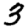
Digit: 3